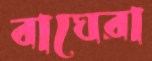
বাঘেরা